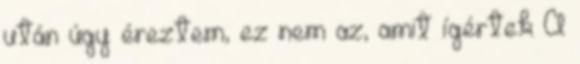
után úgy éreztem, ez nem az, amit ígértek A